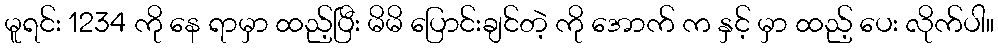
မူရင်း 1234 ကို နေ ရာမှာ ထည့်ပြီး မိမိ ပြောင်းချင်တဲ့ ကို အောက် က နှင့် မှာ ထည့် ပေး လိုက်ပါ။